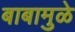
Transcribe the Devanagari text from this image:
बाबामुळे